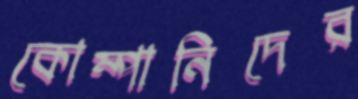
কোম্পানিদের